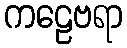
ကဠေဗရာ